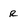
Character: r